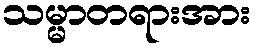
သမ္မာတရားအား